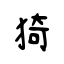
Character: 猗